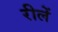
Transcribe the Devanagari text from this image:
रीलें